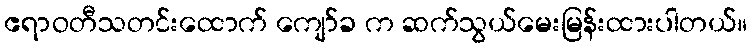
ဧရာဝတီသတင်းထောက် ကျော်ခ က ဆက်သွယ်မေးမြန်းထားပါတယ်။